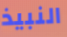
النبيذ